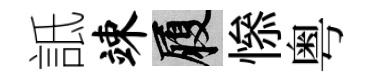
詆竦履𢡖粤